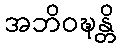
အဘိဝဍ္ဎန္တိ